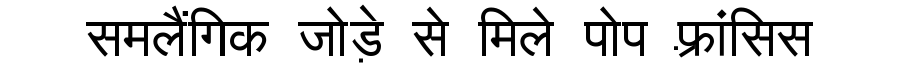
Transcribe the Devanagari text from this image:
समलैंगिक जोड़े से मिले पोप फ़्रांसिस